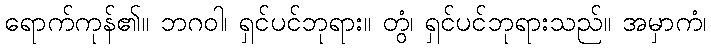
ရောက်ကုန်၏။ ဘဂဝါ၊ ရှင်ပင်ဘုရား။ တွံ၊ ရှင်ပင်ဘုရားသည်။ အမှာကံ၊